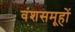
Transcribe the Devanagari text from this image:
वंशसमूहों